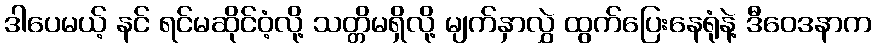
ဒါပေမယ့် နင် ရင်မဆိုင်ဝံ့လို့ သတ္တိမရှိလို့ မျက်နှာလွှဲ ထွက်ပြေးနေရုံနဲ့ ဒီဝေဒနာက